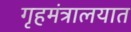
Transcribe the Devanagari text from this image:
गृहमंत्रालयात